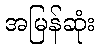
အမြန်ဆုံး